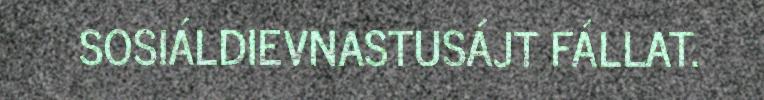
SOSIÁLDIEVNASTUSÁJT FÁLLAT.